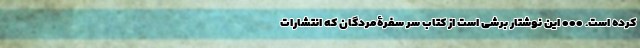
کرده است. ••• این نوشتار برشی است از کتاب سر سفرۀمردگان که انتشارات